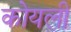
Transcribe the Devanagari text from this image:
कोयली